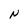
Character: N